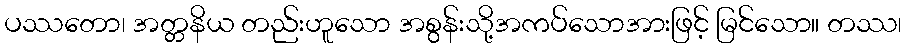
ပဿတော၊ အတ္တနိယ တည်းဟူသော အစွန်းသို့အကပ်သောအားဖြင့် မြင်သော။ တဿ၊